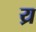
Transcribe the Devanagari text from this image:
य्र